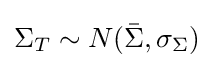
\Sigma _{T}\sim N({\bar {\Sigma }},\sigma _{\Sigma })